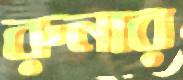
রুনার